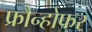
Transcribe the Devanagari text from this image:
फ्रौन्होफर